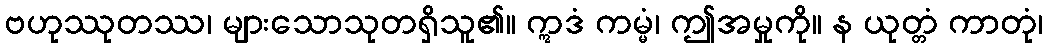
ဗဟုဿုတဿ၊ များသောသုတရှိသူ၏။ ဣဒံ ကမ္မံ၊ ဤအမှုကို။ န ယုတ္တံ ကာတုံ၊